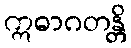
ဣဓာဂတန္တိ